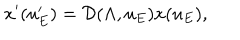
LaTeX: x ^ { \prime } ( u _ { E } ^ { \prime } ) = \mathcal { D } ( \Lambda , u _ { E } ) x ( u _ { E } ) ,